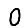
Digit: 0